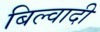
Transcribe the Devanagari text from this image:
बिल्वादी